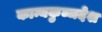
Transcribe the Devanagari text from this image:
कान्यकुब्जदेश